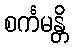
စင်္ကမန္တိ